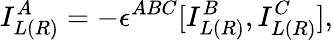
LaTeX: I_{L(R)}^{A}=-\epsilon^{ABC}[I_{L(R)}^{B},I_{L(R)}^{C}],